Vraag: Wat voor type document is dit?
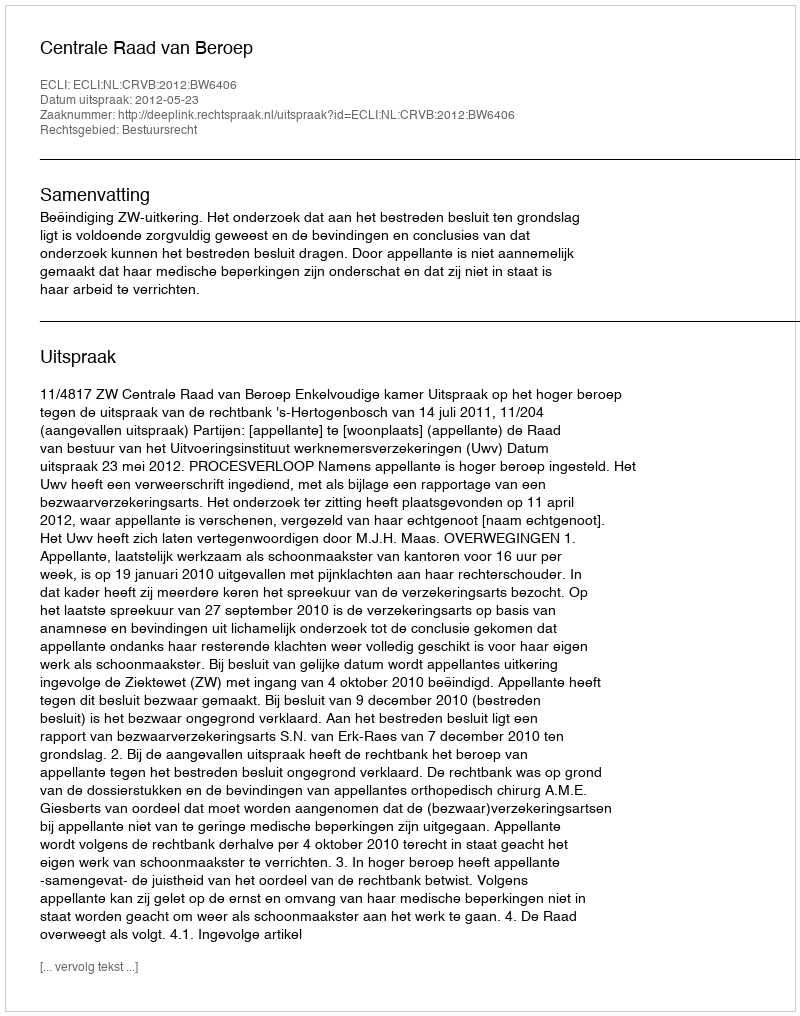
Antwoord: Uitspraak